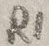
Text: R1